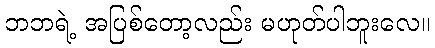
ဘဘရဲ့ အပြစ်တော့လည်း မဟုတ်ပါဘူးလေ။